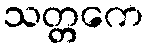
သတ္တကေ